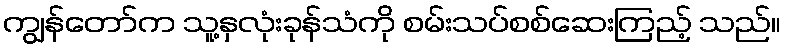
ကျွန်တော်က သူ့နှလုံးခုန်သံကို စမ်းသပ်စစ်ဆေးကြည့် သည်။